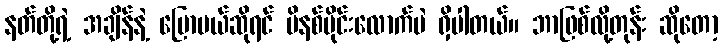
နတ်တို့ရဲ့ အချိန်နဲ့ ပြောမယ်ဆိုရင် မိနစ်ပိုင်းလောက်ပဲ ရှိပါတယ်။ ဘာဖြစ်လို့တုန်း ဆိုတော့